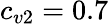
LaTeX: c_{v2}=0.7